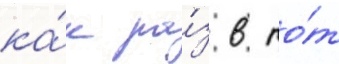
ка́к ра́з в то́т